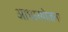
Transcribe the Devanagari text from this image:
आधारयोजना